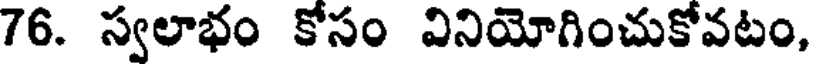
76. స్వలాభం కోసం వినియోగించుకోవటం,